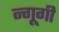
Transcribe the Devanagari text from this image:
न्गूगी